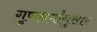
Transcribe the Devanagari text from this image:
गुणधर्मांनुसार